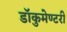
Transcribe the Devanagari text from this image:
डॉकुमेण्टरी